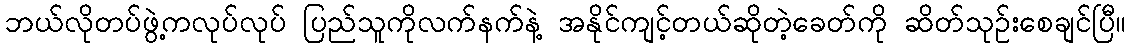
ဘယ်လိုတပ်ဖွဲ့ကလုပ်လုပ် ပြည်သူကိုလက်နက်နဲ့ အနိုင်ကျင့်တယ်ဆိုတဲ့ခေတ်ကို ဆိတ်သုဉ်းစေချင်ပြီ။